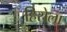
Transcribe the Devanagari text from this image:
हिरोला